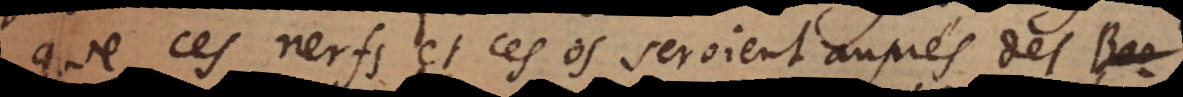
que ces nerfs et ces os seroient auprès des